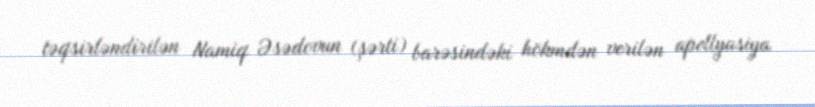
təqsirləndirilən Namiq Əsədovun (şərti) barəsindəki hökmdən verilən apellyasiya